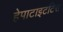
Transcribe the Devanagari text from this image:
हेपाटाइटटिस